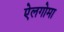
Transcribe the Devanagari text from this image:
ऐलगोमा